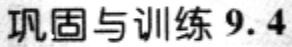
巩固与训练 9.4